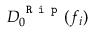
D _ { 0 } ^ { \texttt { R i p } } ( f _ { i } )